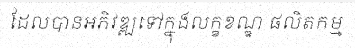
ដែលបានអភិវឌ្ឍទៅក្នុងលក្ខខណ្ឌ ផលិតកម្ម